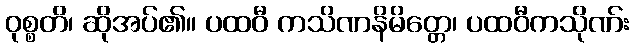
ဝုစ္စတိ၊ ဆိုအပ်၏။ ပထဝီ ကသိဏနိမိတ္တေ၊ ပထဝီကသိုဏ်း